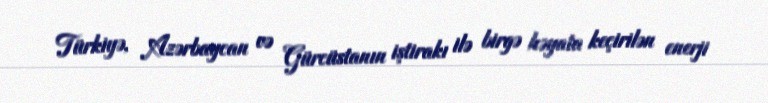
Türkiyə, Azərbaycan və Gürcüstanın iştirakı ilə birgə həyata keçirilən enerji